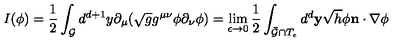
I ( \phi ) = \frac { 1 } { 2 } \int _ { \cal G } d ^ { d + 1 } y \partial _ { \mu } ( \sqrt { g } g ^ { \mu \nu } \phi \partial _ { \nu } \phi ) = \lim _ { \epsilon \rightarrow 0 } \frac { 1 } { 2 } \int _ { \bar { \cal G } \cap T _ { \epsilon } } d ^ { d } { \bf y } \sqrt { h } \phi { \bf n } \cdot \nabla \phi